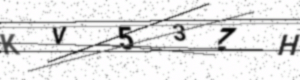
Text: KV53ZH